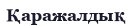
Қаражалдық